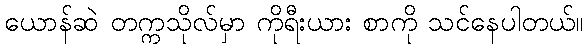
ယောန်ဆဲ တက္ကသိုလ်မှာ ကိုရီးယား စာကို သင်နေပါတယ်။